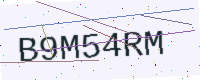
Text: B9M54RM